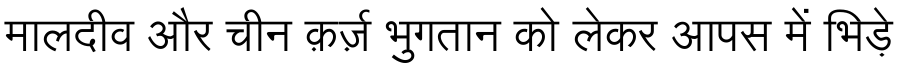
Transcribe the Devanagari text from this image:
मालदीव और चीन क़र्ज़ भुगतान को लेकर आपस में भिड़े